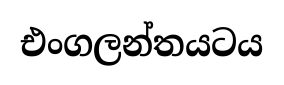
එංගලන්තයටය